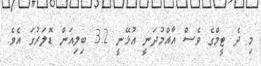
މި ދެ ޓީމްގެ ވެސް އާއްމުދަނީ އުޅޭނީ 3.2 ބިލިއަން ޑޮލަރުގަ އެވެ.